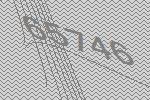
65746